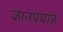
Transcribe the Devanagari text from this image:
ज्ञानप्रवाह